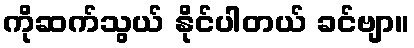
ကိုဆက်သွယ် နိုင်ပါတယ် ခင်ဗျာ။